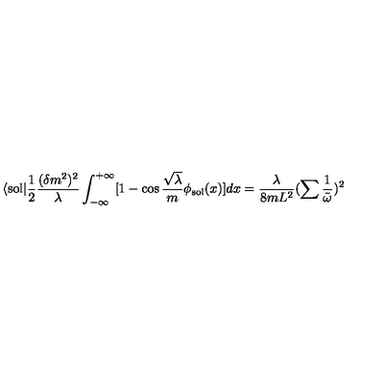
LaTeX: \langle \mathrm { s o l } | \frac { 1 } { 2 } \frac { ( \delta m ^ { 2 } ) ^ { 2 } } { \lambda } \int _ { - \infty } ^ { + \infty } [ 1 - \cos \frac { \sqrt { \lambda } } { m } \phi _ { \mathrm { s o l } } ( x ) ] d x = \frac { \lambda } { 8 m L ^ { 2 } } ( \sum \frac { 1 } { \tilde { \omega } } ) ^ { 2 }